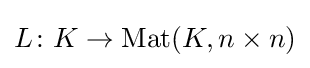
L\colon K\to \mathrm {Mat} (K,n\times n)